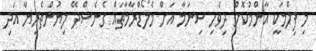
މި ފިލްމަކީ އާންމުކޮށް ދިވެހި ސިނަމާ އަށް މެލޯޑްރާމާތައް ގެނެސްދޭ ލިޔުންތެރިޔާ އަދި